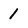
Character: 1